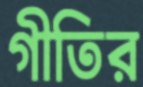
গীতির